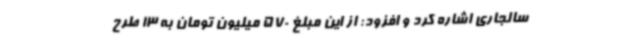
سالجاری اشاره کرد و افزود: از این مبلغ 570 میلیون تومان به 13 طرح